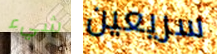
شيء سريعين